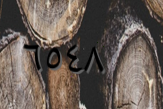
٦٥٤٨